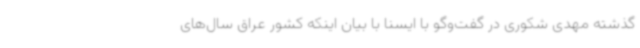
گذشته مهدی شکوری در گفت‌وگو با ایسنا با بیان اینکه کشور عراق سال‌های